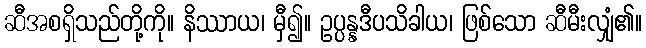
ဆီအစရှိသည်တို့ကို။ နိဿာယ၊ မှီ၍။ ဥပ္ပန္နဒီပသိခါယ၊ ဖြစ်သော ဆီမီးလျှံ၏။